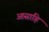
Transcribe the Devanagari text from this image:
आसाहि